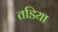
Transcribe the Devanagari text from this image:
तडिया